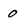
Character: 0